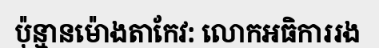
ប៉ុន្មានម៉ោងតាកែវ: លោកអធិការរង